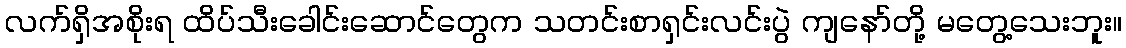
လက်ရှိအစိုးရ ထိပ်သီးခေါင်းဆောင်တွေက သတင်းစာရှင်းလင်းပွဲ ကျနော်တို့ မတွေ့သေးဘူး။